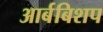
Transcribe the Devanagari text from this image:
आर्बबिशप